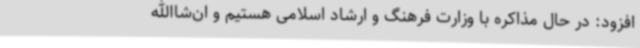
افزود: در حال مذاکره با وزارت فرهنگ و ارشاد اسلامی هستیم و ان‌شاالله